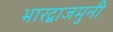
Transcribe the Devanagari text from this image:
भारद्वाजमुनी